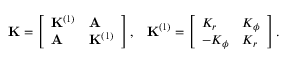
\mathbf { K } = \left[ \begin{array} { l l } { \mathbf { K } ^ { ( 1 ) } } & { \mathbf { A } } \\ { \mathbf { A } } & { \mathbf { K } ^ { ( 1 ) } } \end{array} \right] , \; \; \; \mathbf { K } ^ { ( 1 ) } = \left[ \begin{array} { l l } { K _ { r } } & { K _ { \phi } } \\ { - K _ { \phi } } & { K _ { r } } \end{array} \right] .